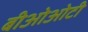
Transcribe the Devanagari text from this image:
बीओओटी